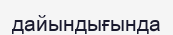
дайындығында